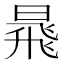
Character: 𱢗